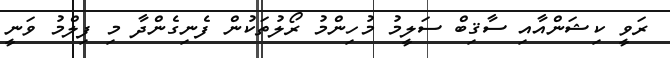
ރަވީ ކިޝަންއާއި ސާޤިބް ސަލީމު މުހިންމު ރޯލުތަކުން ފެނިގެންދާ މި ފިލްމު ވަނީ